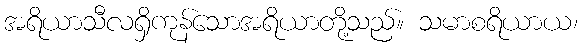
အရိယာသီလရှိကုန်သောအရိယာတို့သည်။ သမာစရိယာယ၊